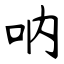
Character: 呐